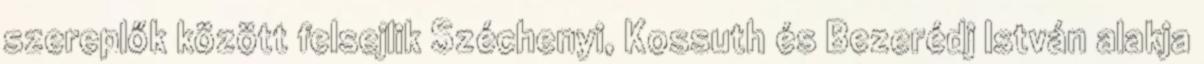
szereplők között felsejlik Széchenyi, Kossuth és Bezerédj István alakja